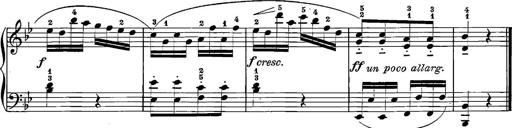
Title: 12 Sonatinas
Composer: Ignaz Pleyel